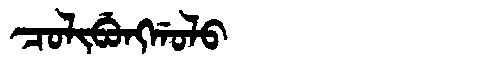
Manchu: ᠴᠣᠯᡳᠪᡠᠩᡤᠣᠯᠣ
Romanization: COLIBUNGGOLO